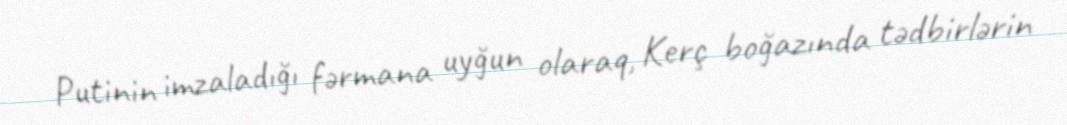
Putinin imzaladığı fərmana uyğun olaraq, Kerç boğazında tədbirlərin